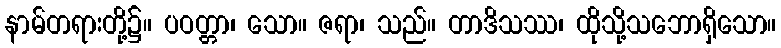
နာမ်တရားတို့၌။ ပဝတ္တာ၊ သော။ ဇရာ၊ သည်။ တာဒိသဿ၊ ထိုသို့သဘောရှိသော။